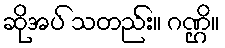
ဆိုအပ် သတည်း။ ဂဏ္ဌိ။